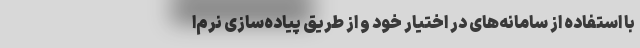
با استفاده از سامانه‌های در اختیار خود و از طریق پیاده‌سازی نرم‌ا